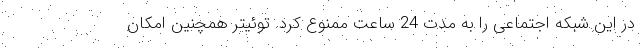
در این شبکه اجتماعی را به مدت 24 ساعت ممنوع کرد. توئیتر همچنین امکان